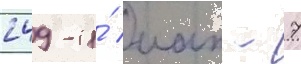
249-и́ иап - 7